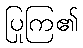
ပြုကြ၏